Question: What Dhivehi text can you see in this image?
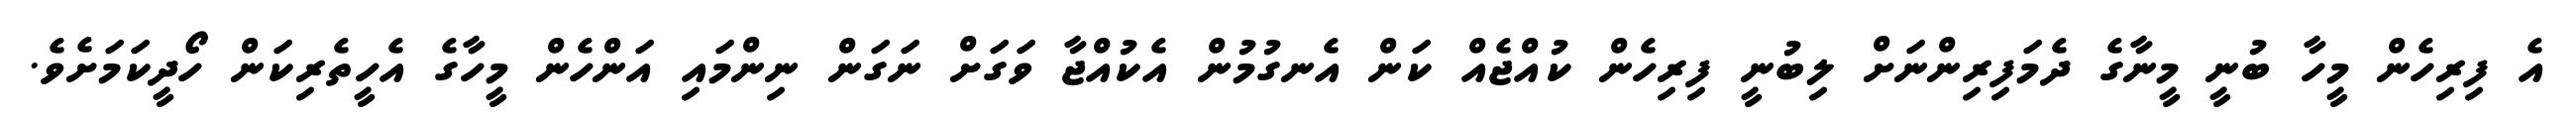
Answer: އެ ފިރިހެން މީހާ ބުނީ މީނާގެ ދެމަފިރިންނަށް ލިބުނީ ފިރިހެން ކުއްޖެއް ކަން އެނގުމުން އެކުއްޖާ ވަގަށް ނަގަން ނިންމައި އަންހެން މީހާގެ އެހީތެރިކަން ހޯދީކަމަށެވެ.